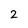
Character: 2